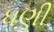
ધણી